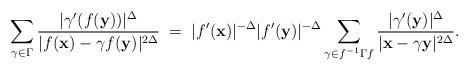
LaTeX: \begin{align*}\sum_{\gamma\in\Gamma}\frac{|\gamma'(f({\bf y}))|^{\Delta}}{|f({\bf x})-\gamma f({\bf y})|^{2\Delta}}\;=\;|f'({\bf x})|^{-\Delta}|f'({\bf y})|^{-\Delta}\sum_{\gamma\in f^{-1}\Gamma f}\frac{|\gamma'({\bf y})|^{\Delta}}{|{\bf x}-\gamma {\bf y}|^{2\Delta}}.\end{align*}